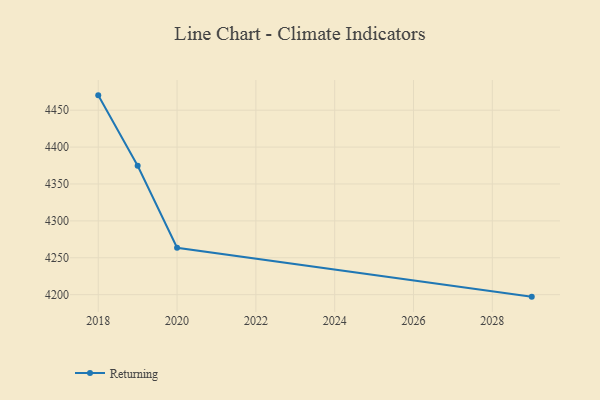
{"axis": {"x": "Year", "y": "Active Users"}, "legend": ["Returning"], "data": [{"x": "2018", "y": 4470.1, "type": "Returning"}, {"x": "2019", "y": 4374.7, "type": "Returning"}, {"x": "2020", "y": 4263.5, "type": "Returning"}, {"x": "2029", "y": 4197.3, "type": "Returning"}]}